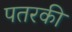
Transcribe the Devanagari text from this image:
पतरकी